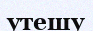
утешу